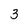
Character: 3